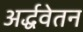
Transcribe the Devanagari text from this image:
अर्द्धवेतन